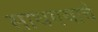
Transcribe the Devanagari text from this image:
साधण्‍याचे